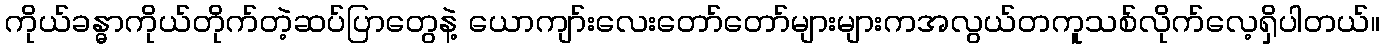
ကိုယ်ခန္ဓာကိုယ်တိုက်တဲ့ဆပ်ပြာတွေနဲ့ ယောကျာ်းလေးတော်တော်များများကအလွယ်တကူသစ်လိုက်လေ့ရှိပါတယ်။